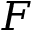
{ F }